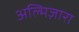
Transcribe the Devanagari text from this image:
अल्मिज़ारा